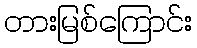
တားမြစ်ကြောင်း